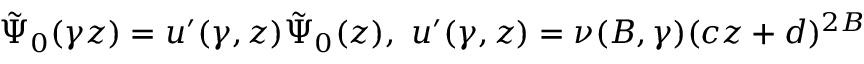
\tilde { \Psi } _ { 0 } ( \gamma z ) = u ^ { \prime } ( \gamma , z ) \tilde { \Psi } _ { 0 } ( z ) , \, \, u ^ { \prime } ( \gamma , z ) = \nu ( B , \gamma ) ( c z + d ) ^ { 2 B }